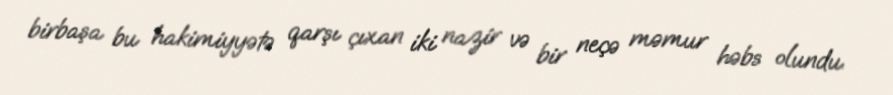
birbaşa bu hakimiyyətə qarşı çıxan iki nazir və bir neçə məmur həbs olundu.